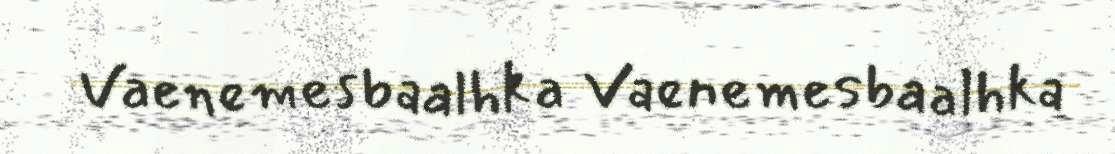
Vaenemesbaalhka Vaenemesbaalhka